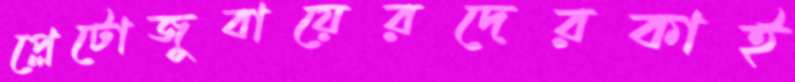
প্লেটোজুবায়েরদেরকাই